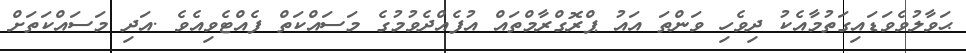
ޙަވާލުވެވަޑައިގަތުމާއެކު ދިވެހި ވަންތަ އައު ޕްރޮގްރާމްތައް އުފެއްދެވުމުގެ މަސައްކަތް ފެއްޓެވިއެވެ .އަދި މަސައްކަތަށް